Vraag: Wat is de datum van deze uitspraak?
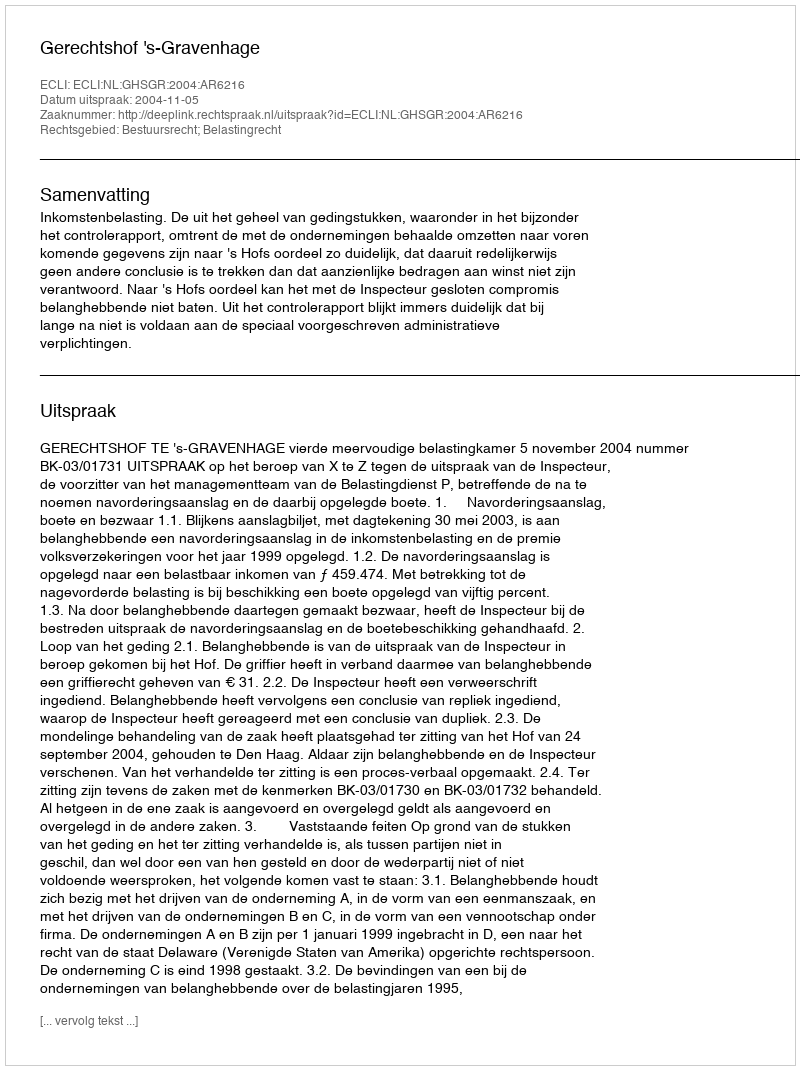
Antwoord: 2004-11-05